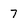
Character: 7